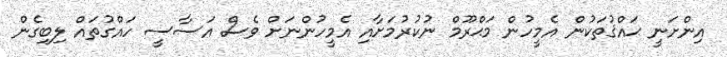
އިންށަނީ ޙައްޤުތަކުން އެމީހުން މަޙްރޫމް ނުކުރުމަށާއި އެމީހުންނަށް ވެސް އަސާސީ ހައްގުތައް ލިބިގެން